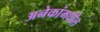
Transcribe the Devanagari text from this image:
अनेकांमधील